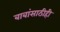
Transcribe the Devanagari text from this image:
बाबांसाठीही